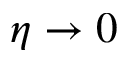
\eta \rightarrow 0